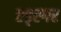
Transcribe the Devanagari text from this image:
एड्स्गर